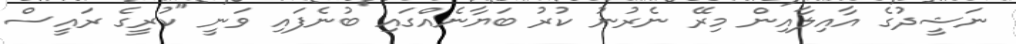
ނަޝީދުގެ އާއިލާއިން މިރޭ ނެރުނު ކުރު ބަޔާނެއްގައި ބުނެފައި ވަނީ "ކުރީގެ ރައީސް